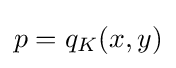
p=q_{K}(x,y)\,\!